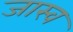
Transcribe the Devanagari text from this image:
जास्व